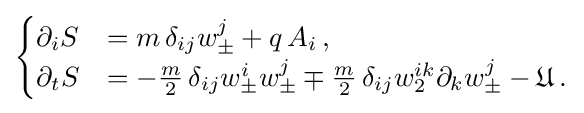
{\begin{cases}\partial _{i}S&=m\,\delta _{ij}w_{\pm }^{j}+q\,A_{i}\,,\\\partial _{t}S&=-{\frac {m}{2}}\,\delta _{ij}w_{\pm }^{i}w_{\pm }^{j}\mp {\frac {m}{2}}\,\delta _{ij}w_{2}^{ik}\partial _{k}w_{\pm }^{j}-{\mathfrak {U}}\,.\end{cases}}